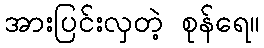
အားပြင်းလှတဲ့ စုန်ရေ။